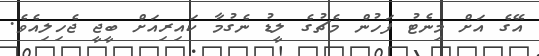
އޭގެ އަށް މިނެޓު ފަހުން މެޗުގެ ލީޑު ނެގުމާ ކައިރިއަށް ބީޖީ ޖެހިލިއެވެ.